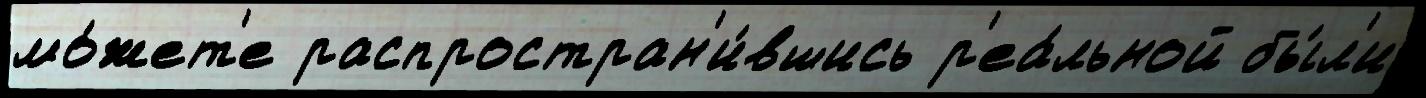
мо́жет'е распростран'и́вшись р'еа́льной бы́л'и